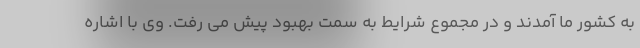
به کشور ما آمدند و در مجموع شرایط به سمت بهبود پیش می رفت. وی با اشاره